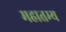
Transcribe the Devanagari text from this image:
महातम्य